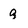
Character: g